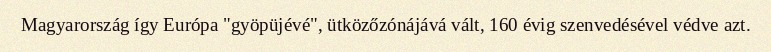
Magyarország így Európa "gyöpüjévé", ütközőzónájává vált, 160 évig szenvedésével védve azt.